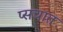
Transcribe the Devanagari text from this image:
प्सचात